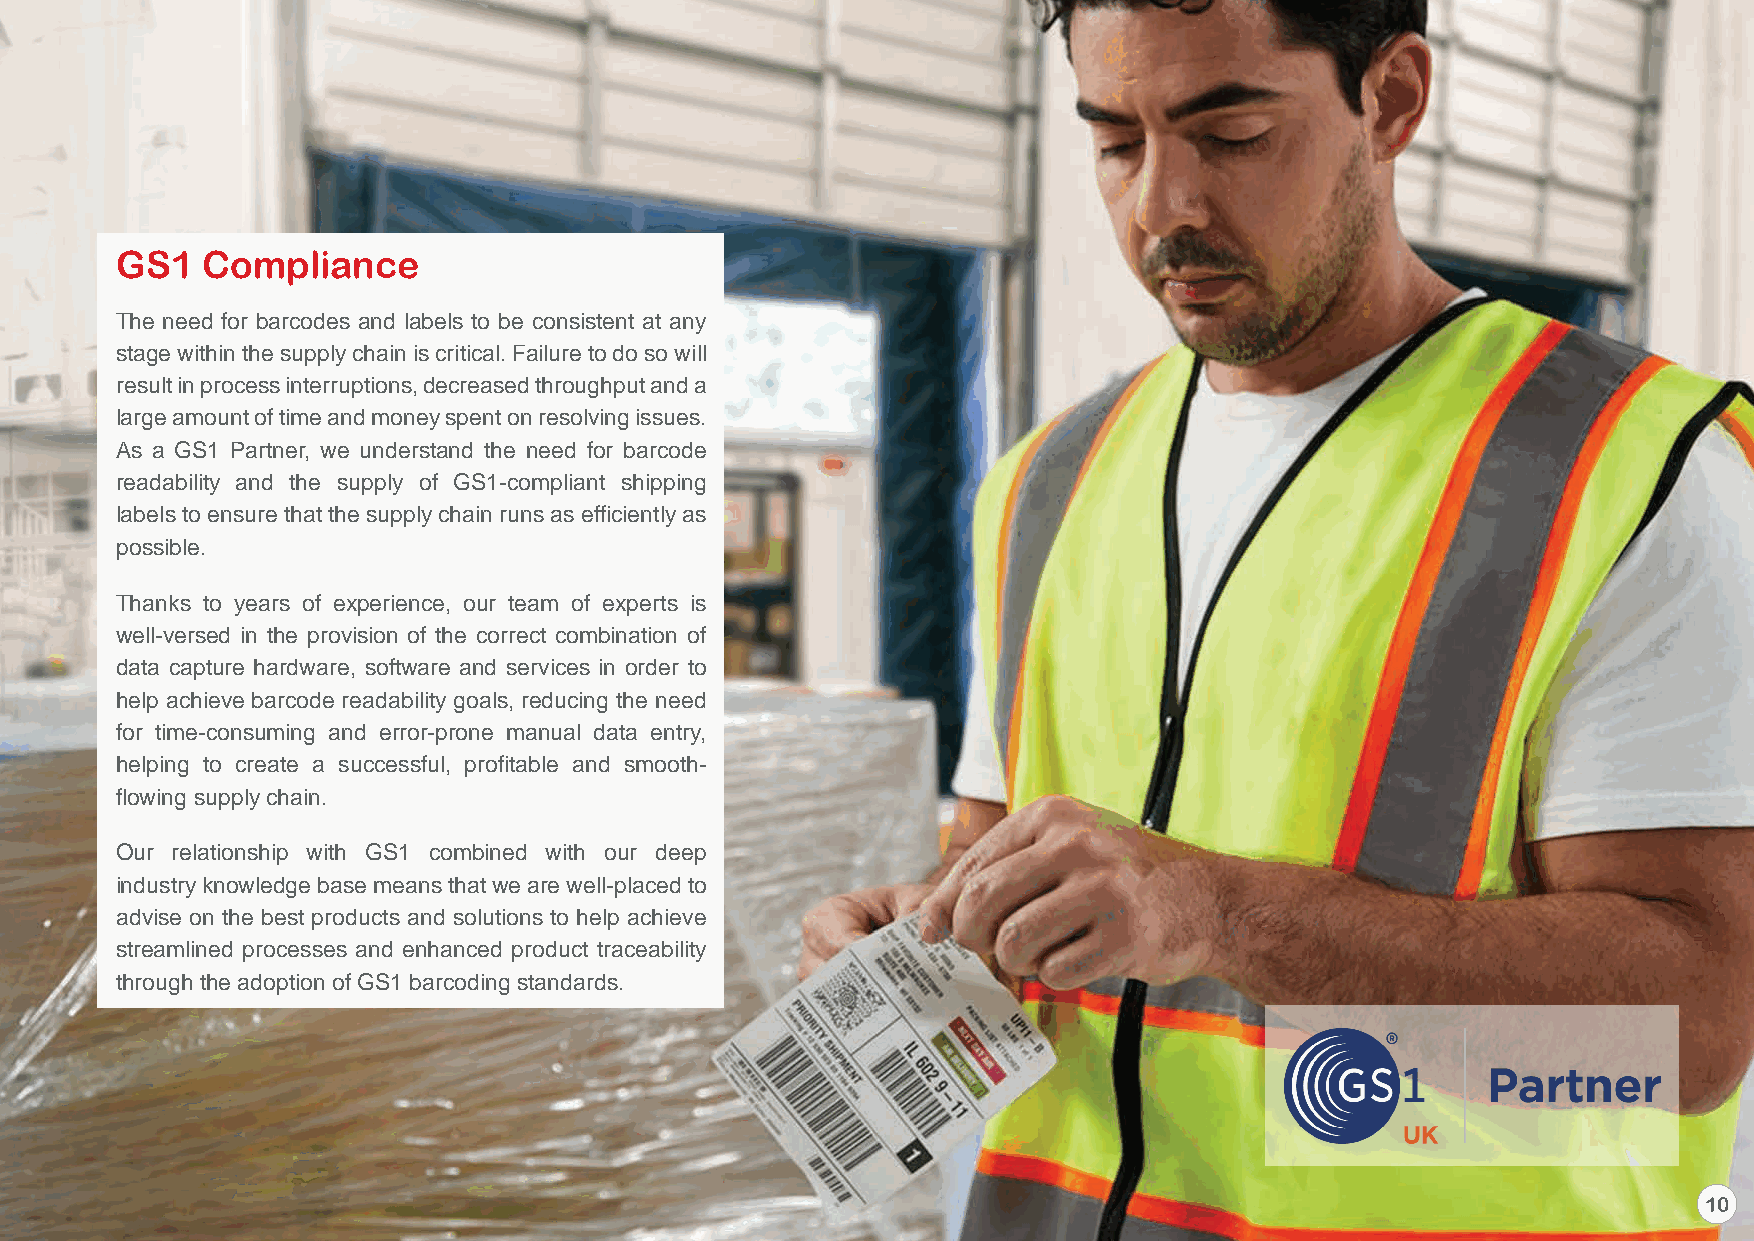
GS1  Compliance
 The need for barcodes and labels to be consistent at any
 stage within the supply chain is critical. Failure to do so will
 result in process interruptions, decreased throughput and a
 large amount of time and money spent on resolving issues.
 As a GS1 Partner, we understand the need for barcode
 readability and the supply of GS1-compliant shipping
 labels to ensure that the supply chain runs as efficiently as
 possible.
 Thanks to years of experience, our team of experts is
 well-versed in the provision of the correct combination of
 data capture hardware, software and services in order to
 help achieve barcode readability goals, reducing the need
 for time-consuming and error-prone manual data entry,
 helping to create a successful, profitable and smooth-
 flowing supply chain.
 Our relationship with GS1 combined with our deep
 industry knowledge base means that we are well-placed to
 advise on the best products and solutions to help achieve
 streamlined processes and enhanced product traceability
 through the adoption of GS1 barcoding standards.
 10